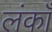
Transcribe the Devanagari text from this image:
लंकाँ